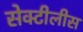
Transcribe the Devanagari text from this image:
सेक्टीलीस